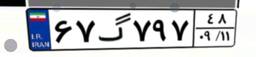
۰۰گ۳۱۷۹۶